Annual report of the Punjab Veterinary College and of the Civil Veterinary Department, Punjab - 1926-1932
Year: 1926
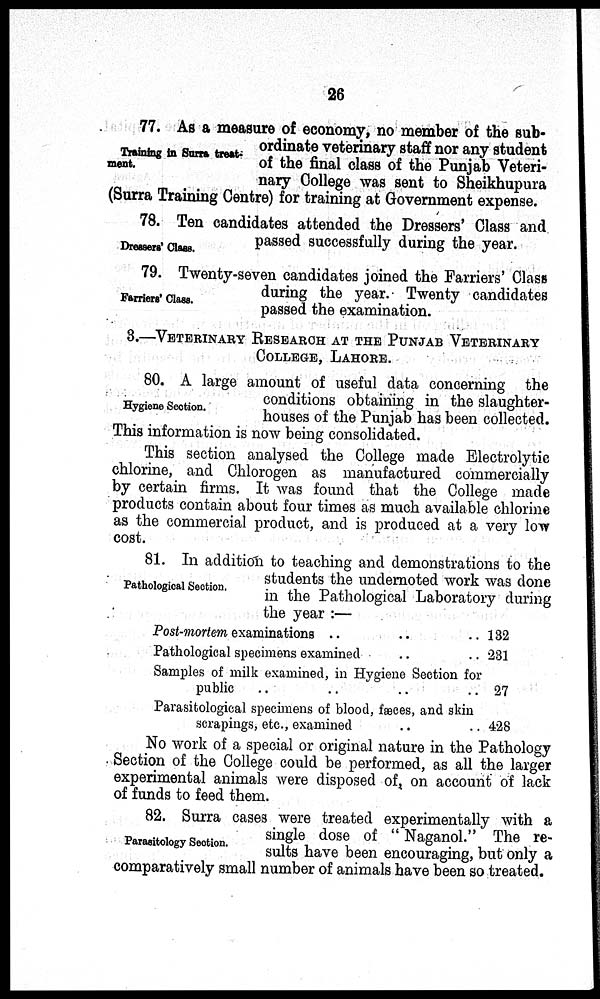
26
Training in Surra treat-
ment.
77. As a measure of economy, no member of the sub-
ordinate veterinary staff nor any student
of the final class of the Punjab Veteri-
nary College was sent to Sheikhupura
(Surra Training Centre) for training at Government expense.
Dressers' Class.
78. Ten candidates attended the Dressers' Class and
passed successfully during the year.
Farriers' Class.
79. Twenty-seven candidates joined the Farriers' Class
during the year. Twenty candidates
passed the examination.
3.—VETERINARY RESEARCH AT THE PUNJAB VETERINARY
COLLEGE, LAHORE.
Hygiene Section.
80. A large amount of useful data concerning the
conditions obtaining in the slaughter-
houses of the Punjab has been collected.
This information is now being consolidated.
This section analysed the College made Electrolytic
chlorine, and Chlorogen as manufactured commercially
by certain firms. It was found that the College made
products contain about four times as much available chlorine
as the commercial product, and is produced at a very low
cost.
Pathological Section.
81. In addition to teaching and demonstrations to the
students the undernoted work was done
in the Pathological Laboratory during
the year :—
Post-mortem examinations .. .. ..
Pathological specimens examined .. ..
Samples of milk examined, in Hygiene Section for
public .. .. .. ..
Parasitological specimens of blood, fæces, and skin
scrapings, etc., examined .. ..
132
231
27
428
No work of a special or original nature in the Pathology
Section of the College could be performed, as all the larger
experimental animals were disposed of, on account of lack
of funds to feed them.
Parasitology Section.
82. Surra cases were treated experimentally with a
single dose of "Naganol." The re-
sults have been encouraging, but only a
comparatively small number of animals have been so treated.